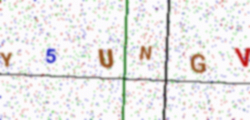
Text: Y5UNGV